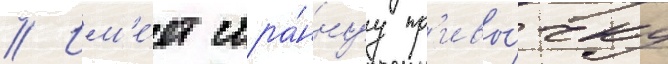
// Им'е́ет стра́ннуу пр'ивы́чку